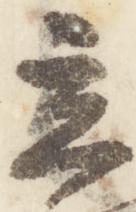
立